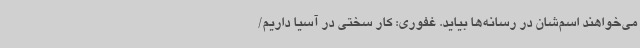
می‌خواهند اسم‌شان در رسانه‌ها بیاید. غفوری: کار سختی در آسیا داریم/